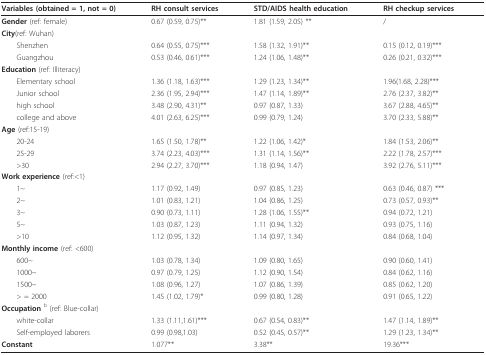
<table><thead><tr><td><b>Variables (obtained = 1, not = 0)</b></td><td><b>RH consult services</b></td><td><b>STD/AIDS health education</b></td><td><b>RH checkup services</b></td></tr></thead><tbody><tr><td><b>Gender </b>(ref: female)</td><td>0.67 (0.59, 0.75)**</td><td>1.81 (1.59, 2.05) **</td><td>/</td></tr><tr><td><b>City</b>(ref: Wuhan)</td><td></td><td></td><td></td></tr><tr><td> Shenzhen</td><td>0.64 (0.55, 0.75)***</td><td>1.58 (1.32, 1.91)**</td><td>0.15 (0.12, 0.19)***</td></tr><tr><td> Guangzhou</td><td>0.53 (0.46, 0.61)***</td><td>1.24 (1.06, 1.48)**</td><td>0.26 (0.21, 0.32)***</td></tr><tr><td><b>Education </b>(ref: Illiteracy)</td><td></td><td></td><td></td></tr><tr><td> Elementary school</td><td>1.36 (1.18, 1.63)***</td><td>1.29 (1.23, 1.34)**</td><td>1.96(1.68, 2.28)***</td></tr><tr><td> Junior school</td><td>2.36 (1.95, 2.94)***</td><td>1.47 (1.14, 1.89)**</td><td>2.76 (2.37, 3.82)**</td></tr><tr><td> high school</td><td>3.48 (2.90, 4.31)**</td><td>0.97 (0.87, 1.33)</td><td>3.67 (2.88, 4.65)**</td></tr><tr><td> college and above</td><td>4.01 (2.63, 6.25)***</td><td>0.99 (0.79, 1.24)</td><td>3.70 (2.33, 5.88)**</td></tr><tr><td><b>Age </b>(ref:15-19)</td><td></td><td></td><td></td></tr><tr><td> 20-24</td><td>1.65 (1.50, 1.78)**</td><td>1.22 (1.06, 1.42)*</td><td>1.84 (1.53, 2.06)**</td></tr><tr><td> 25-29</td><td>3.74 (2.23, 4.03)***</td><td>1.31 (1.14, 1.56)**</td><td>2.22 (1.78, 2.57)***</td></tr><tr><td> &gt;30</td><td>2.94 (2.27, 3.70)***</td><td>1.18 (0.94, 1.47)</td><td>3.92 (2.76, 5.11)***</td></tr><tr><td><b>Work experience </b>(ref:&lt;1)</td><td></td><td></td><td></td></tr><tr><td> 1~</td><td>1.17 (0.92, 1.49)</td><td>0.97 (0.85, 1.23)</td><td>0.63 (0.46, 0.87) ***</td></tr><tr><td> 2~</td><td>1.01 (0.83, 1.21)</td><td>1.04 (0.86, 1.25)</td><td>0.73 (0.57, 0.93)**</td></tr><tr><td> 3~</td><td>0.90 (0.73, 1.11)</td><td>1.28 (1.06, 1.55)**</td><td>0.94 (0.72, 1.21)</td></tr><tr><td> 5~</td><td>1.03 (0.87, 1.23)</td><td>1.11 (0.94, 1.32)</td><td>0.93 (0.75, 1.16)</td></tr><tr><td> &gt;10</td><td>1.12 (0.95, 1.32)</td><td>1.14 (0.97, 1.34)</td><td>0.84 (0.68, 1.04)</td></tr><tr><td><b>Monthly income </b>(ref: &lt;600)</td><td></td><td></td><td></td></tr><tr><td> 600~</td><td>1.03 (0.78, 1.34)</td><td>1.09 (0.80, 1.65)</td><td>0.90 (0.60, 1.41)</td></tr><tr><td> 1000~</td><td>0.97 (0.79, 1.25)</td><td>1.12 (0.90, 1.54)</td><td>0.84 (0.62, 1.16)</td></tr><tr><td> 1500~</td><td>1.08 (0.96, 1.27)</td><td>1.07 (0.86, 1.39)</td><td>0.85 (0.62, 1.20)</td></tr><tr><td> &gt; = 2000</td><td>1.45 (1.02, 1.79)*</td><td>0.99 (0.80, 1.28)</td><td>0.91 (0.65, 1.22)</td></tr><tr><td><b>Occupation </b><sup>b </sup>(ref: Blue-collar)</td><td></td><td></td><td></td></tr><tr><td> white-collar</td><td>1.33 (1.11,1.61)***</td><td>0.67 (0.54, 0.83)**</td><td>1.47 (1.14, 1.89)**</td></tr><tr><td> Self-employed laborers</td><td>0.99 (0.98,1.03)</td><td>0.52 (0.45, 0.57)**</td><td>1.29 (1.23, 1.34)**</td></tr><tr><td><b>Constant</b></td><td>1.077**</td><td>3.38**</td><td>19.36***</td></tr></tbody></table>